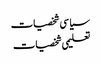
سیا سی شخصیات
تعلیمی شخصیات